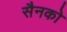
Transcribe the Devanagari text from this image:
सैनको